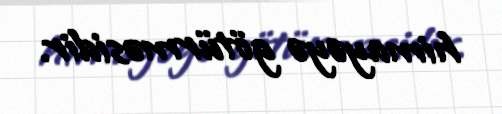
himayəyə götürməsidir.